Vaccination in Burma 1889-1999 - 1889-1999
Year: 1889
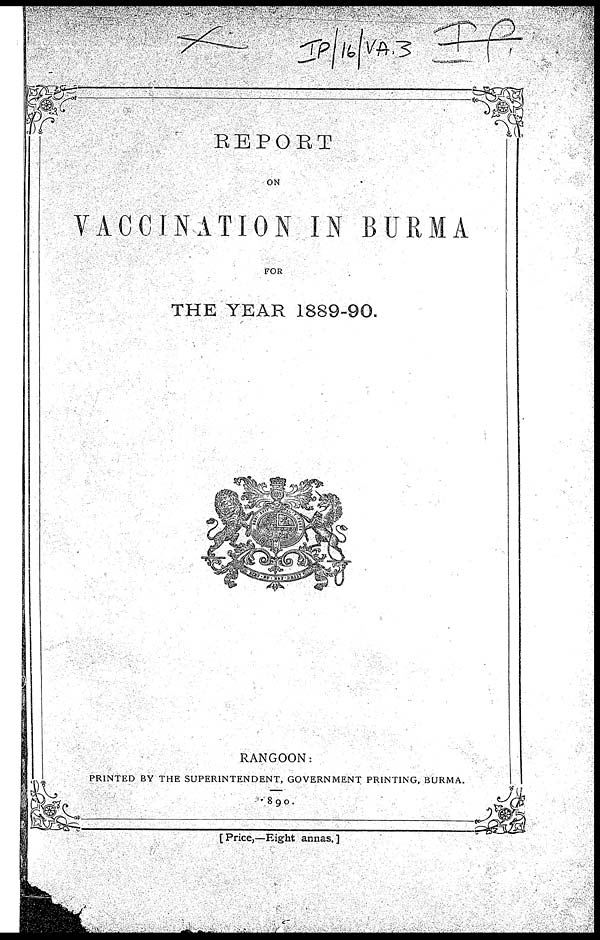
REPORT
ON
VACCINATION IN BURMA
FOR
THE YEAR 1889-90.
RANGOON:
PRINTED BY THE SUPERINTENDENT, GOVERNMENT PRINTING, BURMA.
1890.
[Price,—Eight annas.]